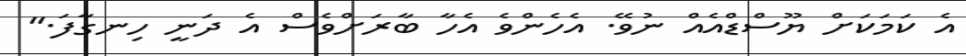
އެ ކަމަކަށް ޔޫސްޑްއެއް ނުވޭ. އެހެންވެ އެހާ ބާރަށްވެސް އެ ދަނީ ހިނގާފަ."